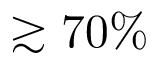
\gtrsim 7 0 \%